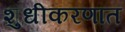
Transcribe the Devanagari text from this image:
शुधीकरणात